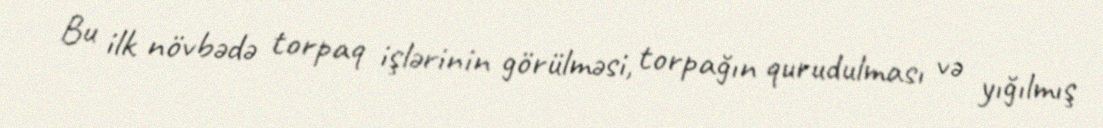
Bu ilk növbədə torpaq işlərinin görülməsi, torpağın qurudulması və yığılmış